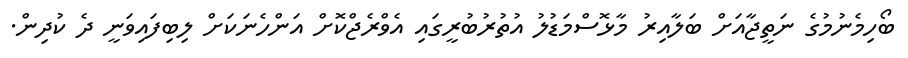
ބޯހިމެނުމުގެ ނަތީޖާއަށް ބަލާއިރު މާޅޮސްމަޑުލު އުތުރުބުރީގައި އެވްރެޖްކޮށް އަންހެނަކަށް ލިބިފައިވަނީ ދެ ކުދިން.